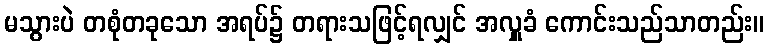
မသွားပဲ တစုံတခုသော အရပ်၌ တရားသဖြင့်ရလျှင် အလှူခံ ကောင်းသည်သာတည်း။